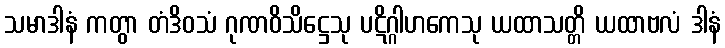
သမာဒါနံ ကတွာ တံဒိဝသံ ဂုဏဝိသိဋ္ဌေသု ပဋိဂ္ဂါဟကေသု ယထာသတ္တိ ယထာဗလံ ဒါနံ